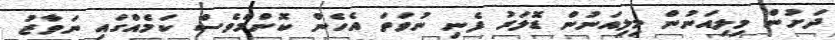
ދަށުން މިލިއަނުން މިލިއަނުން ޑޮލަރު ފެނި ނުވަތަ އެހެން ކޮންމެވެސް ކަމެއްގައި ނަވާޒު